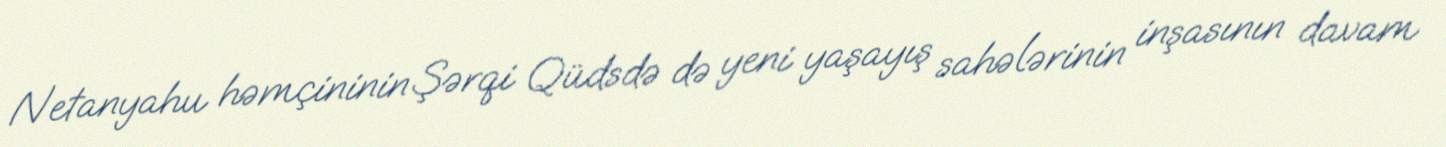
Netanyahu həmçininin Şərqi Qüdsdə də yeni yaşayış sahələrinin inşasının davam